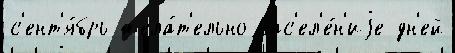
с'ент'я́брь жела́т'ельно нас'ел'е́н'иjе дн'ей